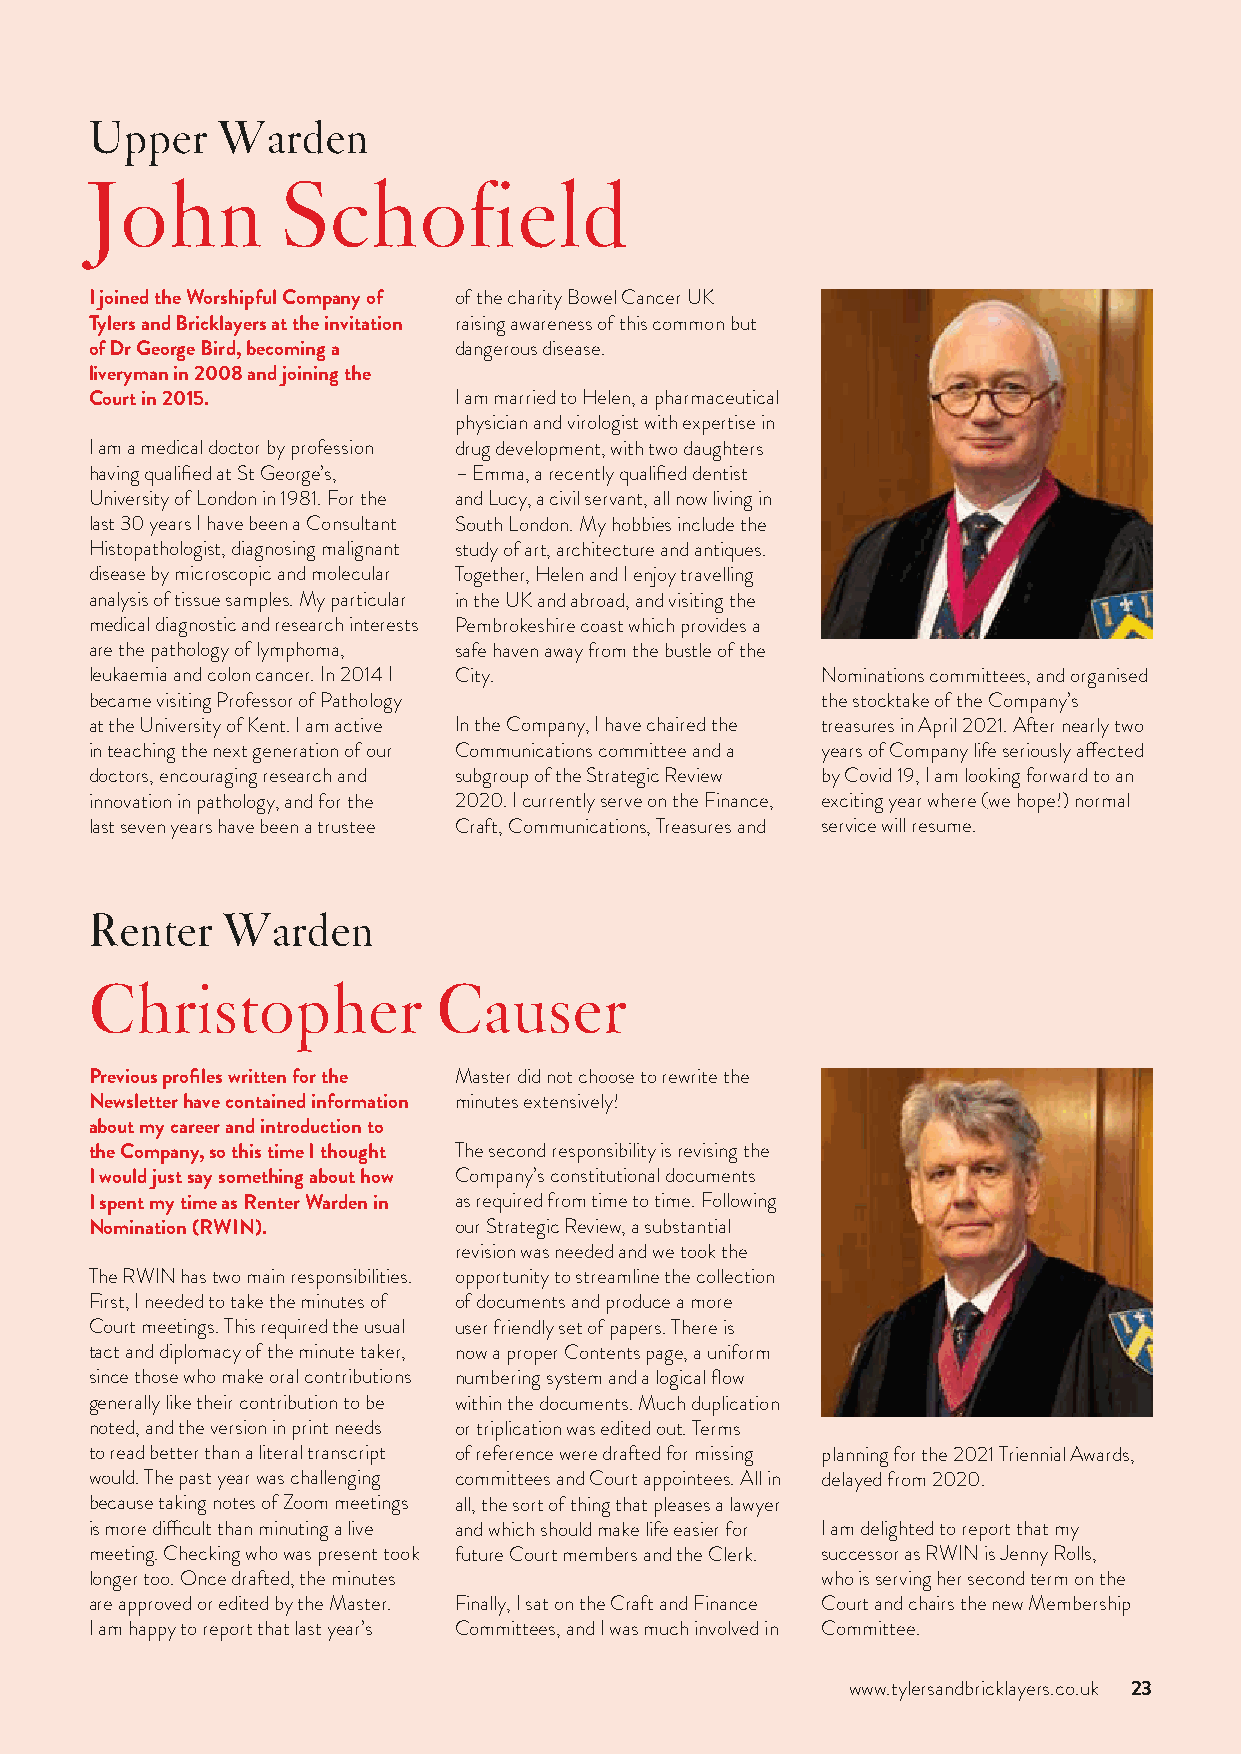
Upper   Warden
 John         Schofield
 I joined the Worshipful Company of of the charity Bowel Cancer UK
 Tylers and Bricklayers at the invitation raising awareness of this common but
 of Dr George Bird, becoming a dangerous disease.
 liveryman in 2008 and joining the
 Court in 2015.          I am married to Helen, a pharmaceutical
 physician and virologist with expertise in
 I am a medical doctor by profession drug development, with two daughters
 having qualified at St George’s, – Emma, a recently qualified dentist
 University of London in 1981. For the and Lucy, a civil servant, all now living in
 last 30 years I have been a Consultant South London. My hobbies include the
 Histopathologist, diagnosing malignant study of art, architecture and antiques.
 disease by microscopic and molecular Together, Helen and I enjoy travelling
 analysis of tissue samples. My particular in the UK and abroad, and visiting the
 medical diagnostic and research interests Pembrokeshire coast which provides a
 are the pathology of lymphoma, safe haven away from the bustle of the
 leukaemia and colon cancer. In 2014 I City.     Nominations committees, and organised
 became visiting Professor of Pathology          the stocktake of the Company’s
 at the University of Kent. I am active In the Company, I have chaired the treasures in April 2021. After nearly two
 in teaching the next generation of our Communications committee and a years of Company life seriously affected
 doctors, encouraging research and subgroup of the Strategic Review by Covid 19, I am looking forward to an
 innovation in pathology, and for the 2020. I currently serve on the Finance, exciting year where (we hope!) normal
 last seven years have been a trustee Craft, Communications, Treasures and service will resume.
 Renter   Warden
 Christopher            Causer
 Previous profiles written for the Master did not choose to rewrite the
 Newsletter have contained information minutes extensively!
 about my career and introduction to
 the Company, so this time I thought The second responsibility is revising the
 I would just say something about how Company’s constitutional documents
 I spent my time as Renter Warden in as required from time to time. Following
 Nomination (RWIN).      our Strategic Review, a substantial
 revision was needed and we took the
 The RWIN has two main responsibilities. opportunity to streamline the collection
 First, I needed to take the minutes of of documents and produce a more
 Court meetings. This required the usual user friendly set of papers. There is
 tact and diplomacy of the minute taker, now a proper Contents page, a uniform
 since those who make oral contributions numbering system and a logical flow
 generally like their contribution to be within the documents. Much duplication
 noted, and the version in print needs or triplication was edited out. Terms
 to read better than a literal transcript of reference were drafted for missing planning for the 2021 Triennial Awards,
 would. The past year was challenging committees and Court appointees. All in delayed from 2020.
 because taking notes of Zoom meetings all, the sort of thing that pleases a lawyer
 is more difficult than minuting a live and which should make life easier for I am delighted to report that my
 meeting. Checking who was present took future Court members and the Clerk. successor as RWIN is Jenny Rolls,
 longer too. Once drafted, the minutes           who is serving her second term on the
 are approved or edited by the Master. Finally, I sat on the Craft and Finance Court and chairs the new Membership
 I am happy to report that last year’s Committees, and I was much involved in Committee.
 www.tylersandbricklayers.co.uk 23